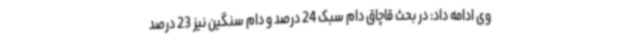
وی ادامه داد: در بحث قاچاق دام سبک 24 درصد و دام سنگین نیز 23 درصد